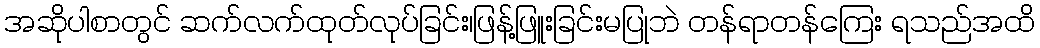
အဆိုပါစာတွင် ဆက်လက်ထုတ်လုပ်ခြင်း၊ဖြန့်ဖြူးခြင်းမပြုဘဲ တန်ရာတန်ကြေး ရသည်အထိ